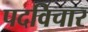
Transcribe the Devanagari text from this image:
पदविचार